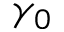
\gamma _ { 0 }